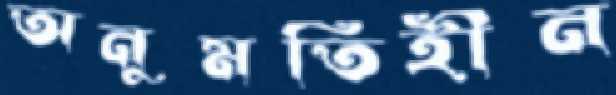
অনুমতিহীন